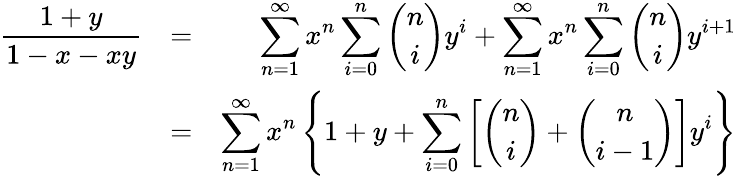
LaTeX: \begin{array}{rlr}{\displaystyle\frac{1+y}{1-x-xy}}&{=}&{\displaystyle\sum_{n=1}^{\infty}x^{n}\sum_{i=0}^{n}\binom niy^{i}+\displaystyle\sum_{n=1}^{\infty}x^{n}\sum_{i=0}^{n}\binom niy^{i+1}}\\ &{=}&{\displaystyle\sum_{n=1}^{\infty}x^{n}\left\{ 1+y+\sum_{i=0}^{n}\left[\binom ni+\binom{n}{i-1}\right]y^{i}\right\} }\end{array}